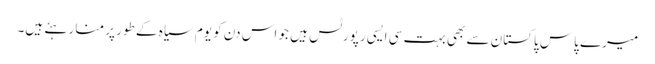
میرے پاس پاکستان سے بھی بہت سی ایسی رپورٹس ہیں جو اس دن کو یوم سیاہ کے طور پر منا رہئے ہیں۔